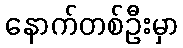
နောက်တစ်ဦးမှာ